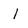
Character: I